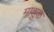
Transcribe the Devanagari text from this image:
माशुक